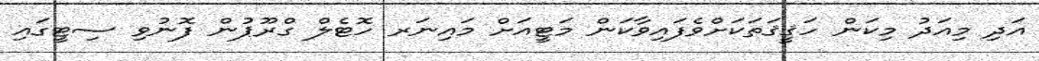
އަދި މިއަދު މިކަން ހަޤީޤަތަކަށްވެފައިވާކަން މަޓީއަށް މައިނަރ ހޮޓެލް ގްރޫޕުން ފޮނުވި ސިޓީގައި